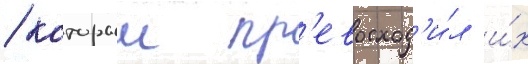
/ которыи пр'евосход'и́л и́х